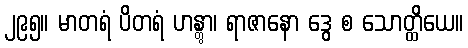
၂၉၅။ မာတရံ ပိတရံ ဟန္တွာ၊ ရာဇာနော ဒွေ စ သောတ္ထိယေ။